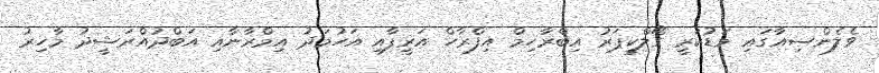
ވެލެންސިއާގައި މަޑުކުރީ ގޯލްކީޕަރު އިބްރާހިމް އިފްރާހް އަރީފާއި އަހުމަދު އިމްރާނާއި އަބްދުއްރަޝީދު މާހިރު